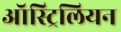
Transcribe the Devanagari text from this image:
ऑस्ट्रिलियन